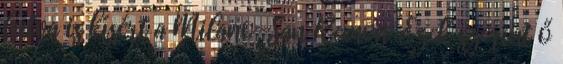
futva is kísért a Milano-San Remon. Ezek szerint ő